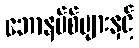
ဘောနပ်စ်များနှင့်